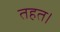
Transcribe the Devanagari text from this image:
तहत।